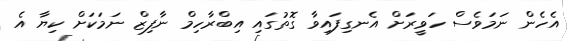
އެހެން ނަމަވެސް ހަވީރަށް އެނގިފައިވާ ގޮތުގައި އިބްރާހިމް ނާފިޒް ނަމަކަށް ކިޔާ އެ